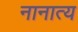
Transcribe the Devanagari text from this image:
नानात्य